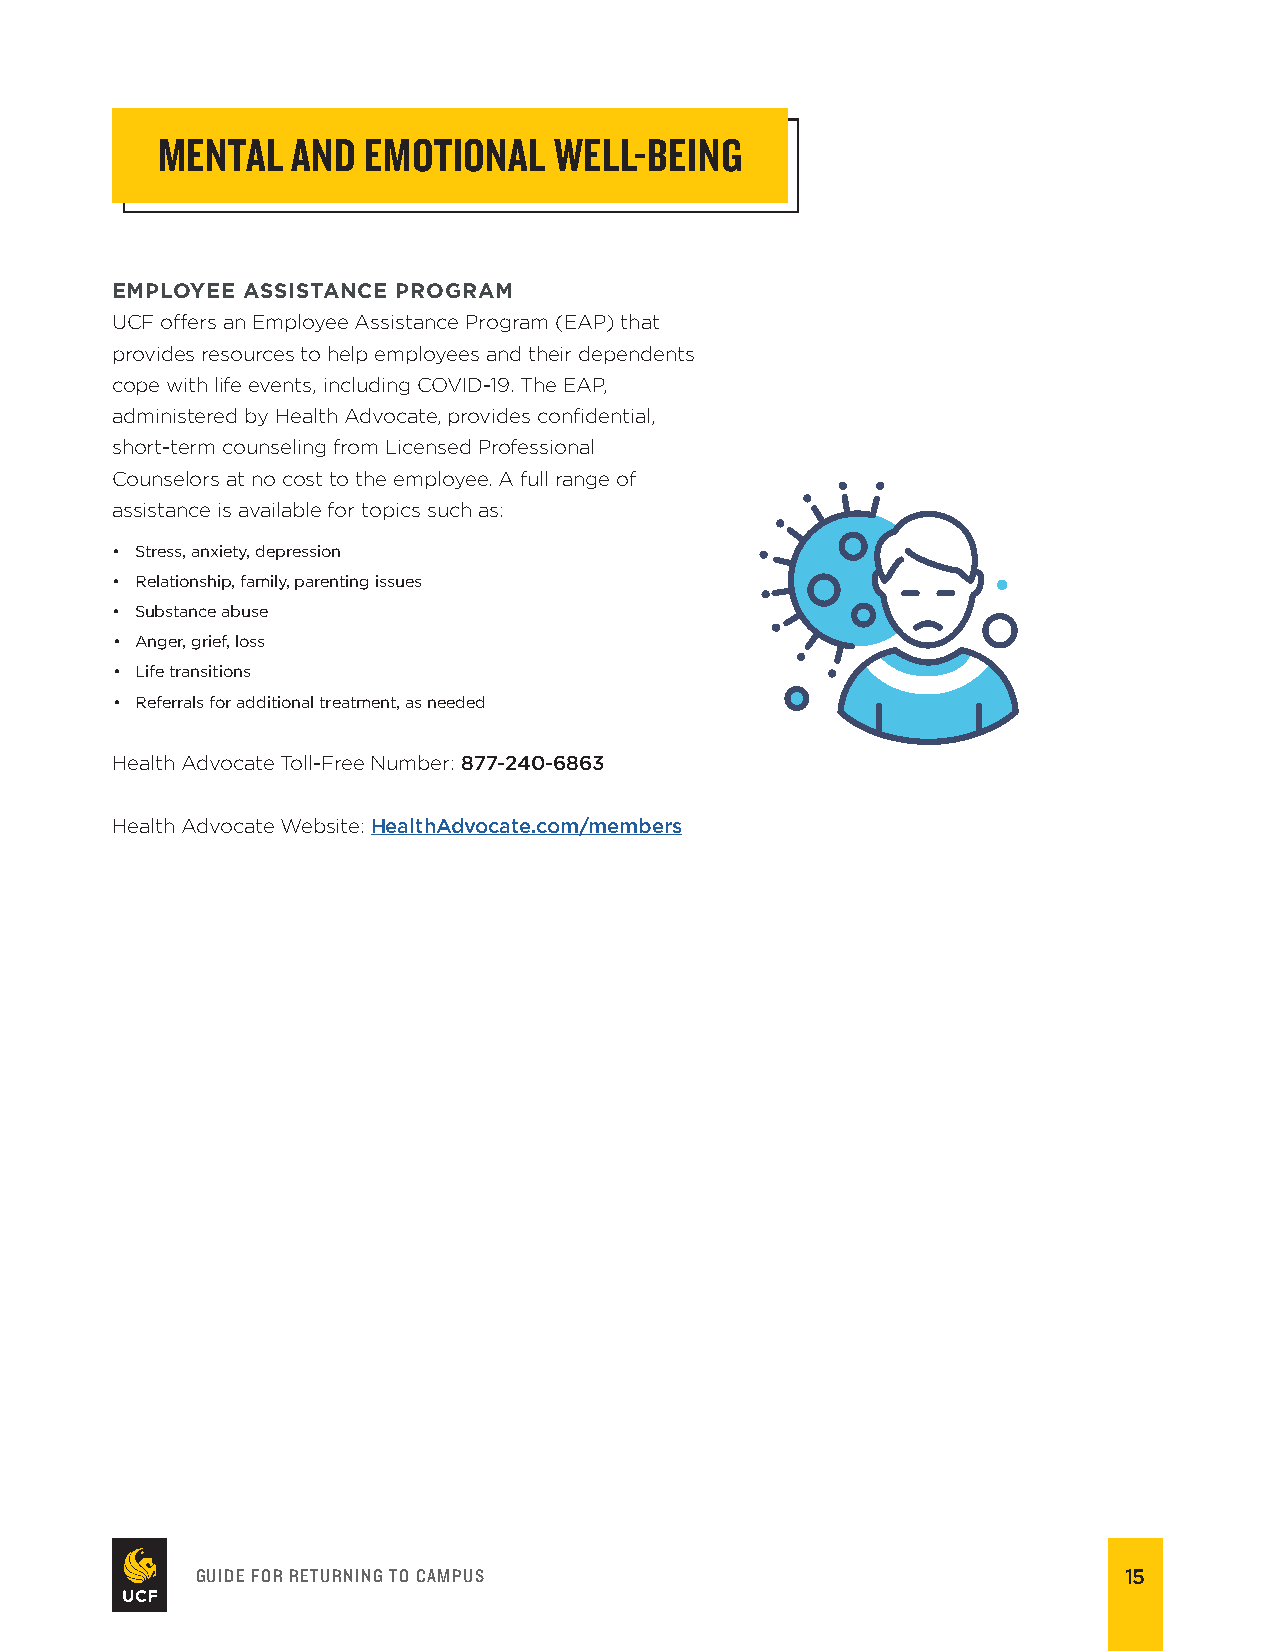
MENTAL   AND  EMOTIONAL    WELL-BEING
 EMPLOYEE ASSISTANCE PROGRAM
 UCF ofers an Employee Assistance Program (EAP) that
 provides resources to help employees and their dependents
 cope with life events, including COVID-19. The EAP,
 administered by Health Advocate, provides confdential,
 short-term counseling from Licensed Professional
 Counselors at no cost to the employee. A full range of
 assistance is available for topics such as:
 • Stress, anxiety, depression
 • Relationship, family, parenting issues
 • Substance abuse
 • Anger, grief, loss
 • Life transitions
 • Referrals for additional treatment, as needed
 Health Advocate Toll-Free Number: 877-240-6863
 Health Advocate Website: HealthAdvocate.com/members
 GUIDE FOR RETURNING TO CAMPUS                                15